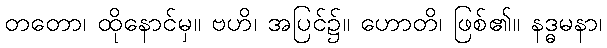
တတော၊ ထိုနောင်မှ။ ဗဟိ၊ အပြင်၌။ ဟောတိ၊ ဖြစ်၏။ နဒ္ဓမနာ၊